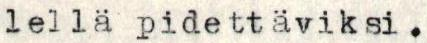
lellä pidettäviksi.